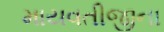
માયવતીજીના